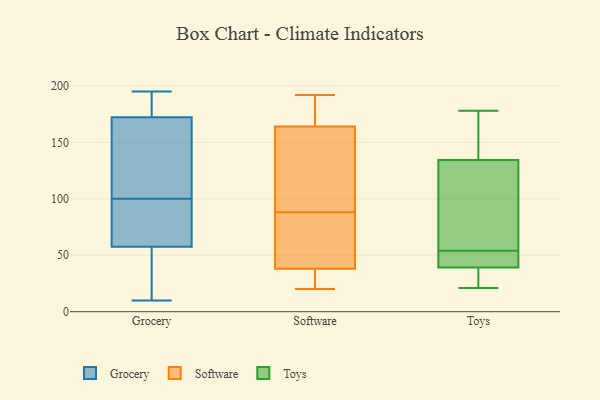
{"axis": {"x": "Satisfaction Score", "y": "Value"}, "legend": ["Grocery", "Software", "Toys"], "data": [{"x": "", "y": 94, "type": "Grocery"}, {"x": "", "y": 63, "type": "Grocery"}, {"x": "", "y": 195, "type": "Grocery"}, {"x": "", "y": 10, "type": "Grocery"}, {"x": "", "y": 100, "type": "Grocery"}, {"x": "", "y": 24, "type": "Grocery"}, {"x": "", "y": 182, "type": "Grocery"}, {"x": "", "y": 41, "type": "Grocery"}, {"x": "", "y": 93, "type": "Grocery"}, {"x": "", "y": 147, "type": "Grocery"}, {"x": "", "y": 169, "type": "Grocery"}, {"x": "", "y": 168, "type": "Grocery"}, {"x": "", "y": 192, "type": "Grocery"}, {"x": "", "y": 76, "type": "Software"}, {"x": "", "y": 180, "type": "Software"}, {"x": "", "y": 133, "type": "Software"}, {"x": "", "y": 20, "type": "Software"}, {"x": "", "y": 133, "type": "Software"}, {"x": "", "y": 94, "type": "Software"}, {"x": "", "y": 82, "type": "Software"}, {"x": "", "y": 38, "type": "Software"}, {"x": "", "y": 58, "type": "Software"}, {"x": "", "y": 21, "type": "Software"}, {"x": "", "y": 38, "type": "Software"}, {"x": "", "y": 177, "type": "Software"}, {"x": "", "y": 158, "type": "Software"}, {"x": "", "y": 29, "type": "Software"}, {"x": "", "y": 39, "type": "Software"}, {"x": "", "y": 134, "type": "Software"}, {"x": "", "y": 22, "type": "Software"}, {"x": "", "y": 170, "type": "Software"}, {"x": "", "y": 170, "type": "Software"}, {"x": "", "y": 192, "type": "Software"}, {"x": "", "y": 21, "type": "Toys"}, {"x": "", "y": 175, "type": "Toys"}, {"x": "", "y": 54, "type": "Toys"}, {"x": "", "y": 136, "type": "Toys"}, {"x": "", "y": 40, "type": "Toys"}, {"x": "", "y": 178, "type": "Toys"}, {"x": "", "y": 24, "type": "Toys"}, {"x": "", "y": 39, "type": "Toys"}, {"x": "", "y": 43, "type": "Toys"}, {"x": "", "y": 94, "type": "Toys"}, {"x": "", "y": 130, "type": "Toys"}]}